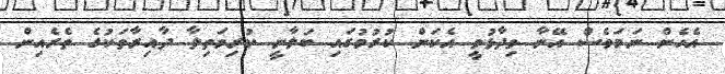
އެހެން ނަމަވެސް އޭނާ ވިދާޅުވީ އެކަން ކުރުމުގައި ބަލާނީ ކުރިމަތިލާ ދާއިރާތަކުގެ ތެރެއިން